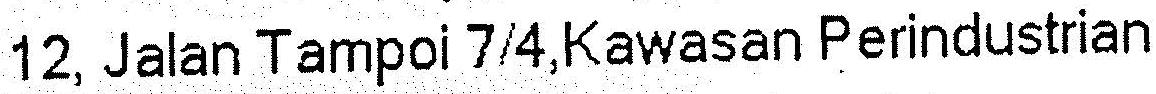
12, JALAN TAMPOI 7/4,KAWASAN PERINDUSTRIAN